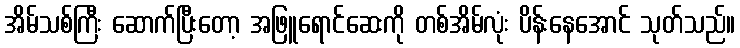
အိမ်သစ်ကြီး ဆောက်ပြီးတော့ အဖြူရောင်ဆေးကို တစ်အိမ်လုံး ပိန်းနေအောင် သုတ်သည်။